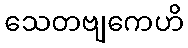
သေတဗျကေဟိ